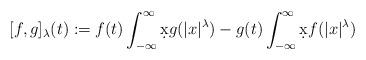
LaTeX: \begin{align*}[f,g]_\lambda(t):=f(t)\int_{-\infty}^{\infty}\d{x}g(\vert{x}\vert^\lambda)-g(t)\int_{-\infty}^{\infty}\d{x}f(\vert{x}\vert^\lambda)\end{align*}